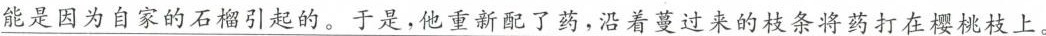
能是因为自家的石榴引起的。于是，他重新配了药，沿着蔓过来的枝条将药打在樱桃枝上。